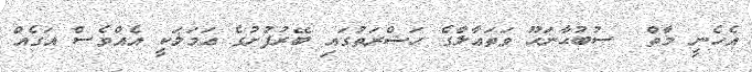
އެހެނީ މާތް  ސުބުޙާނަހޫ ވަތަޢާލާގެ ޙަޟްރަތުގައި ބޭރުފުށުގެ ޢަމަލަކީ އެއްވެސް އަގެއް